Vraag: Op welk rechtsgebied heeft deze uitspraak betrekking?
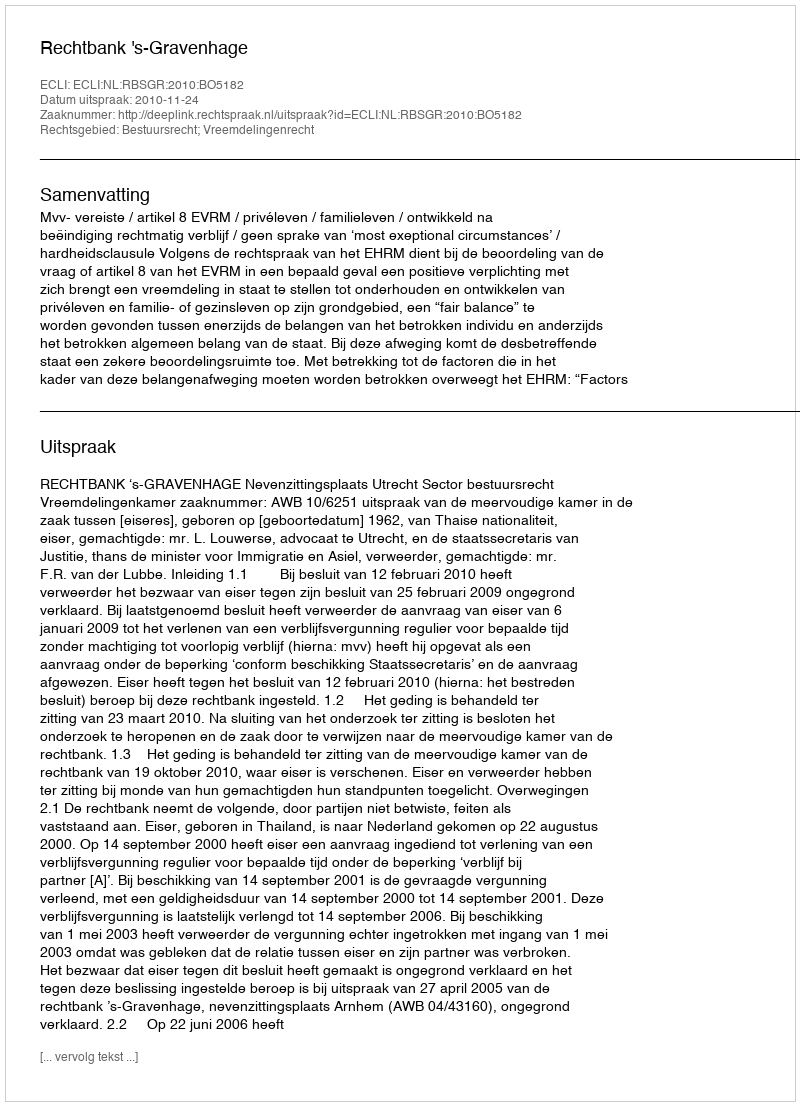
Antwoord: Bestuursrecht; Vreemdelingenrecht